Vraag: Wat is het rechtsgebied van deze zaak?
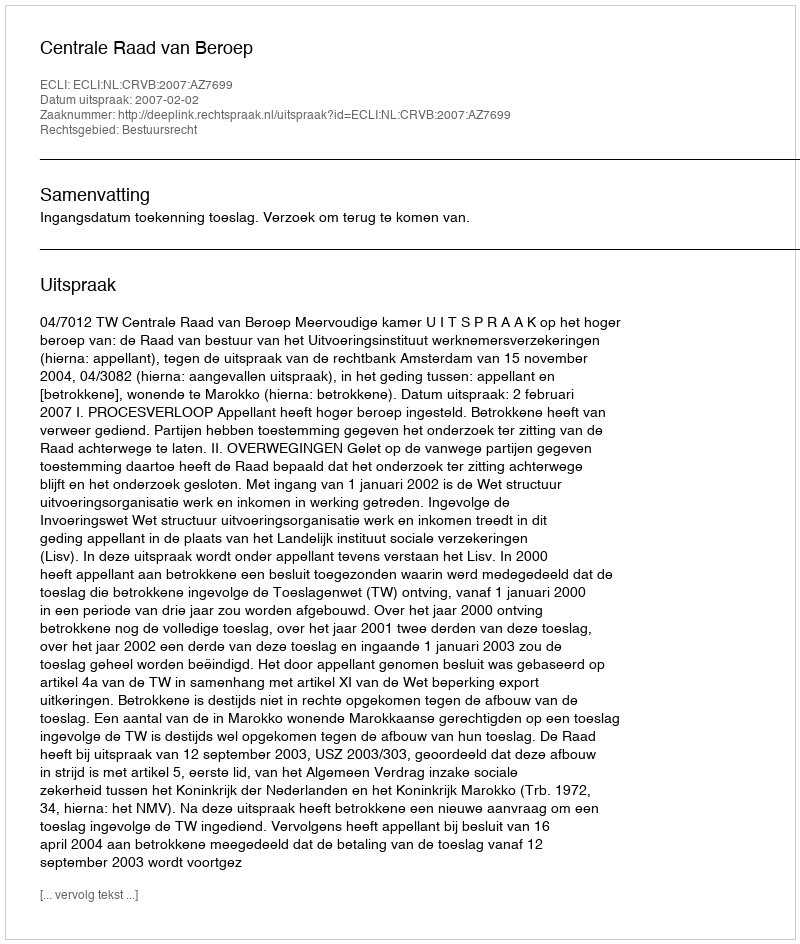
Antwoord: Bestuursrecht